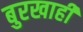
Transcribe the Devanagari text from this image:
बुरखाही